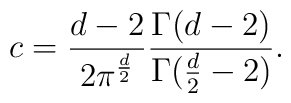
c={d-2\over 2\pi^{d\over 2}} {\Gamma (d-2) \over \Gamma ({d\over 2}-2)}.